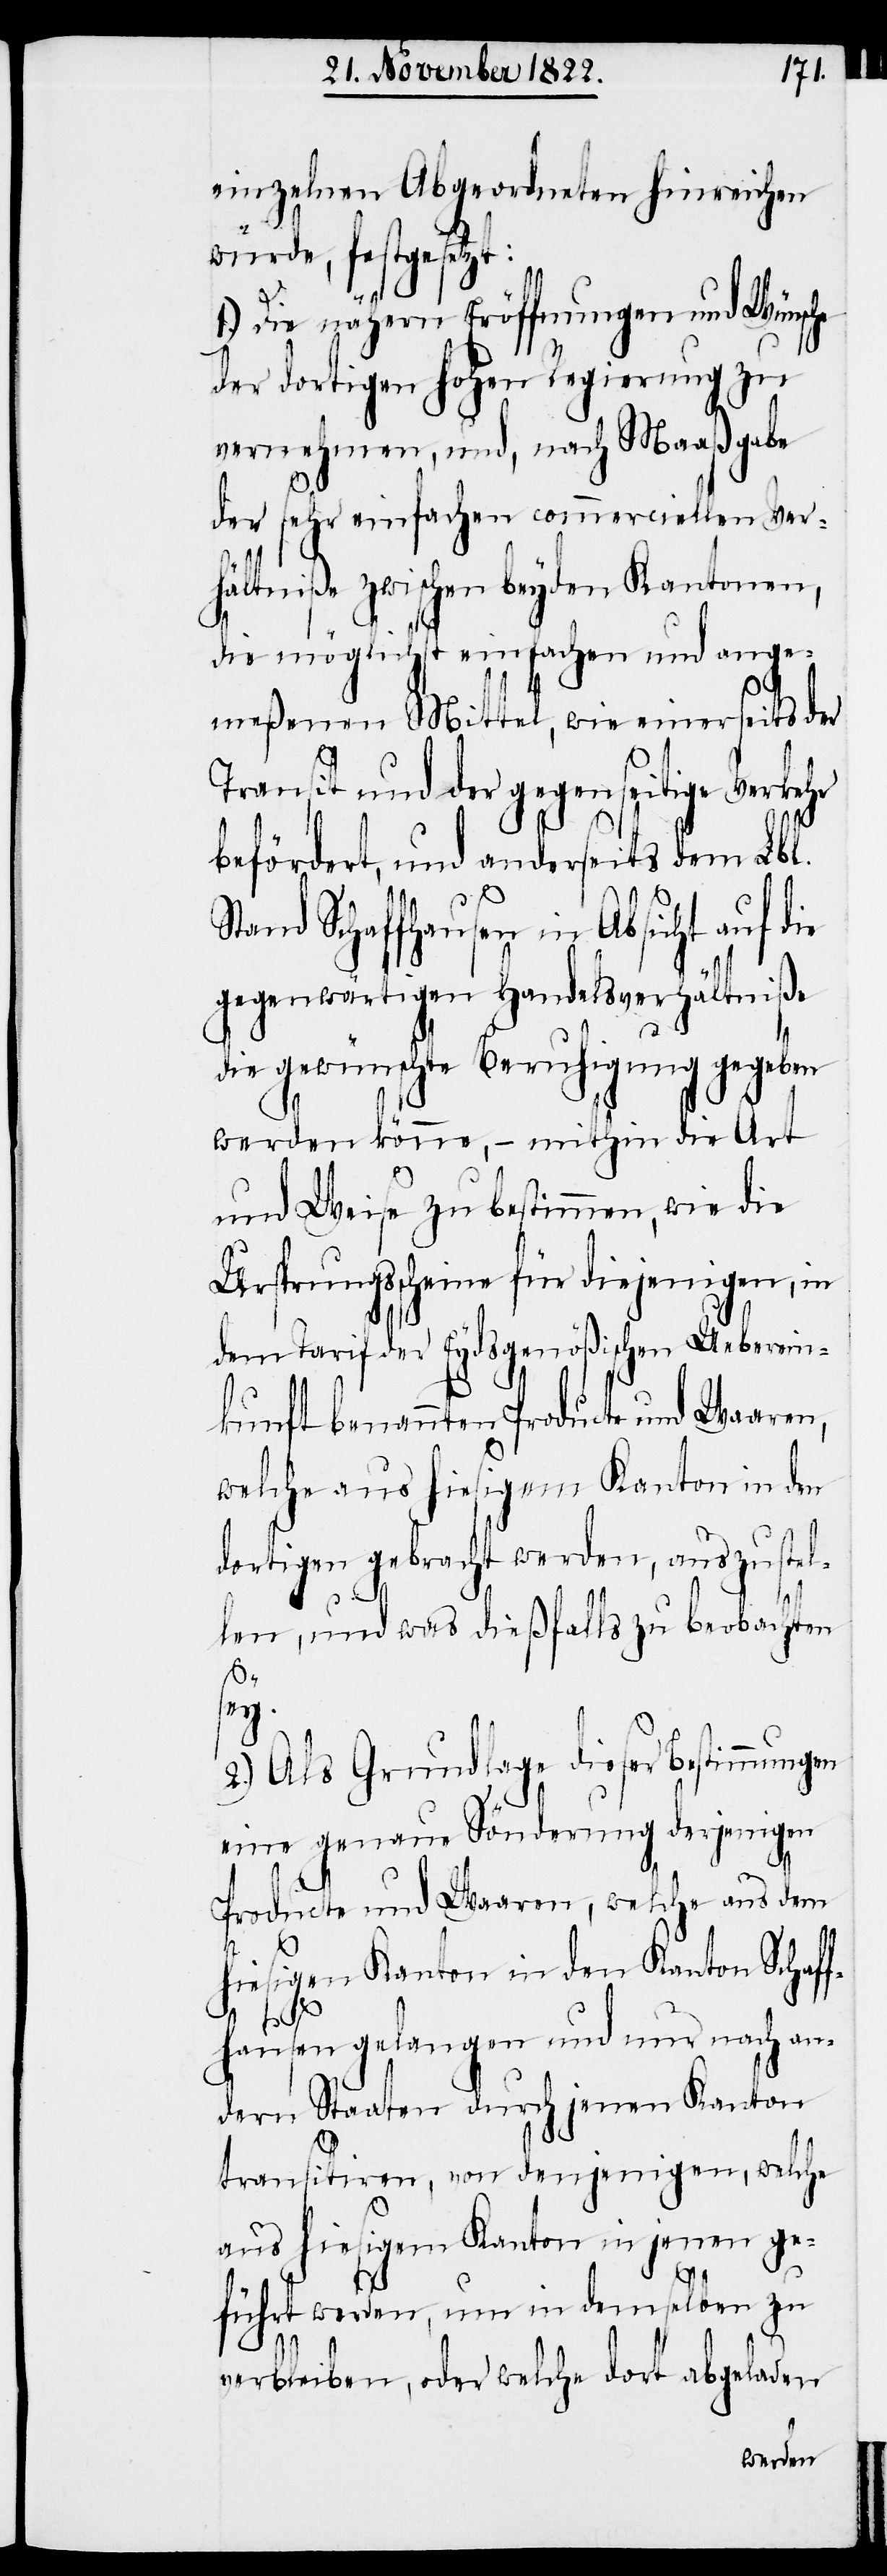
einzelnen Abgeordneten hinreichen
würde, festgesetzt:
1.) Die nähern Eröffnungen und Wünsche
der dortigen hohen Regierung zu
vernehmen, und, nach Maaßgabe
der sehr einfachen commerciellen Ver¬
hältniße zwischen beyden Kantonen,
die möglichst einfachen und ange¬
meßenen Mittel, wie einerseits der
Transit und der gegenseitige Verkehr
befördert, und anderseits dem Lbl.
Stand Schaffhausen in Absicht auf die
gegenwärtigen Handelsverhältniße
die gewünschte Beruhigung gegeben
werden könne, – mithin die Art
und Weise zu bestimmen, wie die
Ursprungsscheine für diejenigen, in
dem Tarif der Eydsgenößischen Ueberein¬
kunft benannten Producte und Waaren,
welche aus hiesigem Kanton in den
dortigen gebracht werden, auszustel¬
len, und was dießfalls zu beobachten
2.) Als Grundlage dieser Bestimmungen
eine genaue Sönderung derjenigen
Producte und Waaren, welche aus dem
hiesigen Kanton in den Kanton Schaf¬
sey.
fhausen gelangen und nur nach an¬
dern Staaten durch jenen Kanton
transitiren, von denjenigen, welche
aus hiesigem Kanton in jenen ge¬
führt werden, um in demselben zu
verbleiben, oder welche dort abgeladen